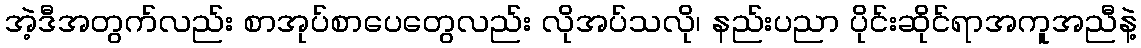
အဲ့ဒီအတွက်လည်း စာအုပ်စာပေတွေလည်း လိုအပ်သလို၊ နည်းပညာ ပိုင်းဆိုင်ရာအကူအညီနဲ့